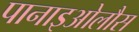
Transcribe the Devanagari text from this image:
पानाइओलौस